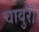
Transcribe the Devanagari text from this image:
चावुरी